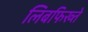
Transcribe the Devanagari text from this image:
लिबफिख्ते